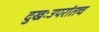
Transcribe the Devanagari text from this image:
दुखःउपरांतच